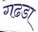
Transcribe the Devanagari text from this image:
गढडा